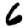
Digit: 6